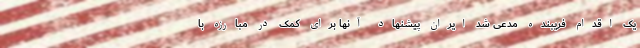
یک اقدام فریبنده مدعی شد ایران پیشنهاد آنها برای کمک در مبارزه با